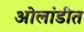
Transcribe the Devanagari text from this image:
ओलांडीत